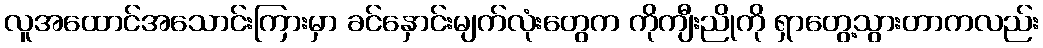
လူအထောင်အသောင်းကြားမှာ ခင်နှောင်းမျက်လုံးတွေက ကိုကျီးညိုကို ရှာတွေ့သွားတာကလည်း